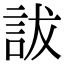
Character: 詙